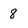
Character: 8